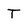
Character: T